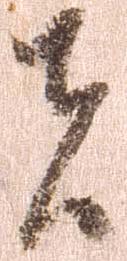
者